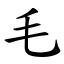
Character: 毛